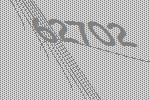
62702